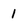
Character: 1